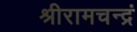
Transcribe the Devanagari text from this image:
श्रीरामचन्द्रं